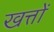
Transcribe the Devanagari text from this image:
खत्तों